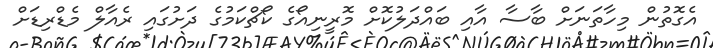
އެގޮތުން މިހާތަނަށް ބާސާ އާއި ބައްދަލުކޮށް މޮރީނިއޯގެ ކޯޗްކަމުގެ ދަށުގައި ރެއާލް މެޑްރިޑަށް